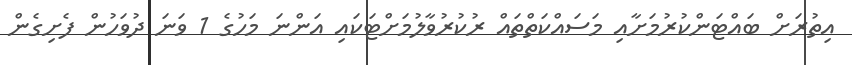
އިތުރަށް ބައްޓަންކުރުމަށާއި މަސައްކަތްތައް ރުކުރުވާލުމަށްޓަކައި އަންނަ މަހުގެ 1 ވަނަ ދުވަހުން ފެށިގެން